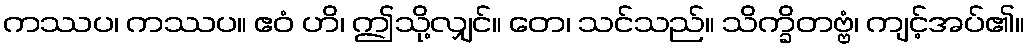
ကဿပ၊ ကဿပ။ ဧဝံ ဟိ၊ ဤသို့လျှင်။ တေ၊ သင်သည်။ သိက္ခိတဗ္ဗံ၊ ကျင့်အပ်၏။